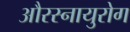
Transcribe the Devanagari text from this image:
औरस्नायुरोग